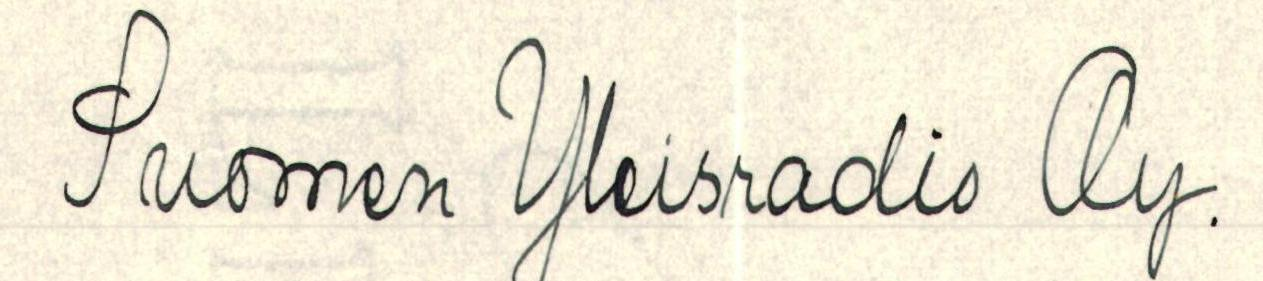
Suomen Yleisradio Oy.